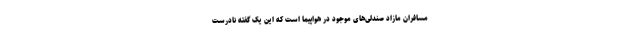
مسافران مازاد صندلی‌های موجود در هواپیما است که این یک گفته نادرست